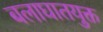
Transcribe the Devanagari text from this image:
बलाघातयुक्त